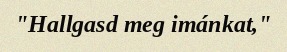
"Hallgasd meg imánkat,"